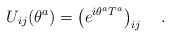
\begin{align*}U_{ij}(\theta^a)=\left(e^{i\theta^aT^a}\right)_{ij}\ \ \ .\end{align*}